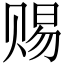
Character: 赐